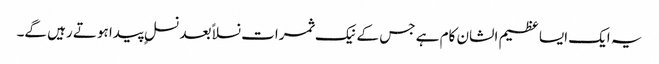
یہ ایک ایسا عظیم الشان کام ہے جس کے نیک ثمرات نسلا ًبعد نسلٍ پیدا ہوتے رہیں گے۔